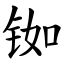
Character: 铷